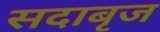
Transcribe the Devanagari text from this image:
सदाबृज